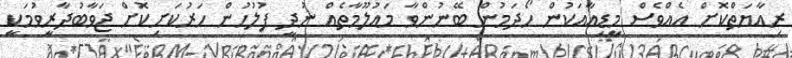
ރިއާޔަތްކޮށް އެއްވެސް މީޑިއާއަކުން ހޯދަމުން ބޭނުންވާ މައުލޫމާތެއް ނުދީ ފުލުހުން ހަރުކަށިކޮށް ޖަވާބުދާރީވުމަކީ